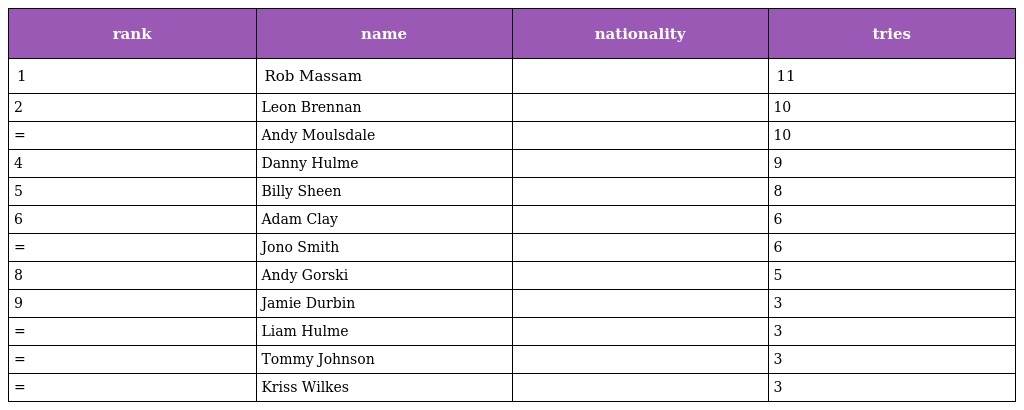
| rank | name | nationality | tries |
 | --- | --- | --- | --- |
 | 1 | Rob Massam |  | 11 |
 | 2 | Leon Brennan |  | 10 |
 | = | Andy Moulsdale |  | 10 |
 | 4 | Danny Hulme |  | 9 |
 | 5 | Billy Sheen |  | 8 |
 | 6 | Adam Clay |  | 6 |
 | = | Jono Smith |  | 6 |
 | 8 | Andy Gorski |  | 5 |
 | 9 | Jamie Durbin |  | 3 |
 | = | Liam Hulme |  | 3 |
 | = | Tommy Johnson |  | 3 |
 | = | Kriss Wilkes |  | 3 |